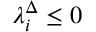
\lambda _ { i } ^ { \Delta } \leq 0